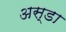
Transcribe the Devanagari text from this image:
अस्डा